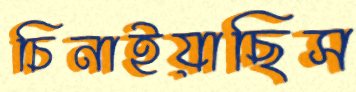
চিনাইয়াছিস